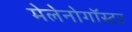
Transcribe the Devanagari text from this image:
मेलेनोगॉस्टर